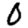
Digit: 0